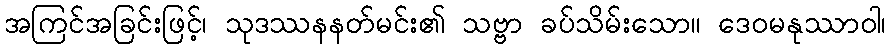
အကြင်အခြင်းဖြင့်၊ သုဒဿနနတ်မင်း၏ သဗ္ဗာ ခပ်သိမ်းသော။ ဒေဝမနုဿာဝါ၊